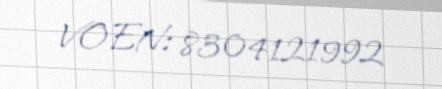
VOEN: 8304121992